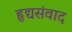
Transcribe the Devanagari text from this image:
हृद्यसंवाद